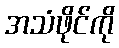
အသံဖိုင်ကို